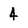
Character: 4